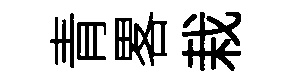
青畧栽